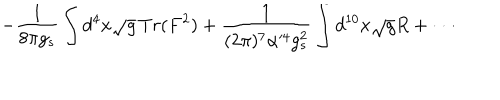
- \frac { 1 } { 8 \pi g _ { s } } \int d ^ { 4 } x \sqrt { g } \, T r ( F ^ { 2 } ) + \frac { 1 } { ( 2 \pi ) ^ { 7 } \alpha ^ { \prime 4 } g _ { s } ^ { 2 } } \int d ^ { 1 0 } x \sqrt { g } R + \cdot \cdot \cdot